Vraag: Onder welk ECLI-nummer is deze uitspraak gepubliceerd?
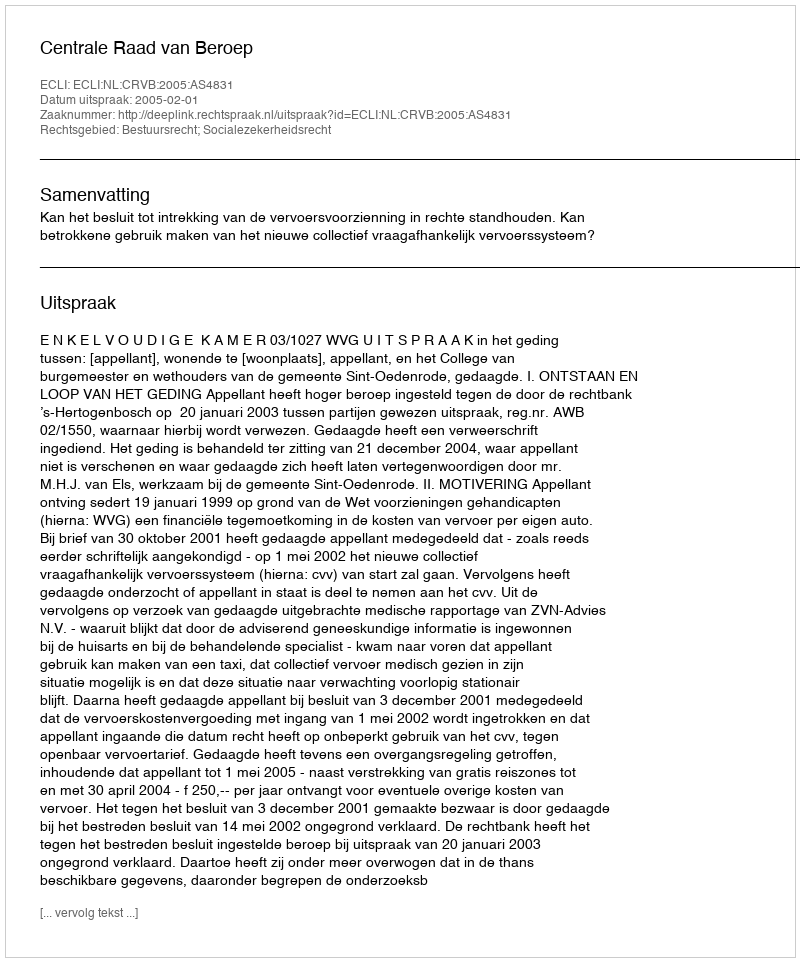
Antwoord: ECLI:NL:CRVB:2005:AS4831